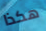
هكذا